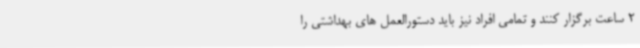
2 ساعت برگزار کنند و تمامی افراد نیز باید دستورالعمل های بهداشتی را